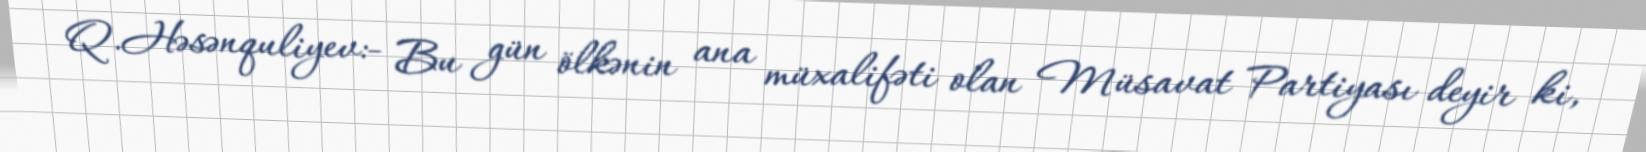
Q.Həsənquliyev:- Bu gün ölkənin ana müxalifəti olan Müsavat Partiyası deyir ki,